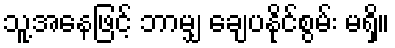
သူ့အနေဖြင့် ဘာမျှ ချေပနိုင်စွမ်း မရှိ။